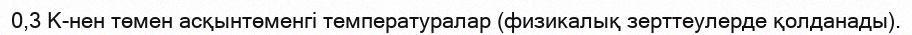
0,3 К-нен төмен асқынтөменгі температуралар (физикалық зерттеулерде қолданады).